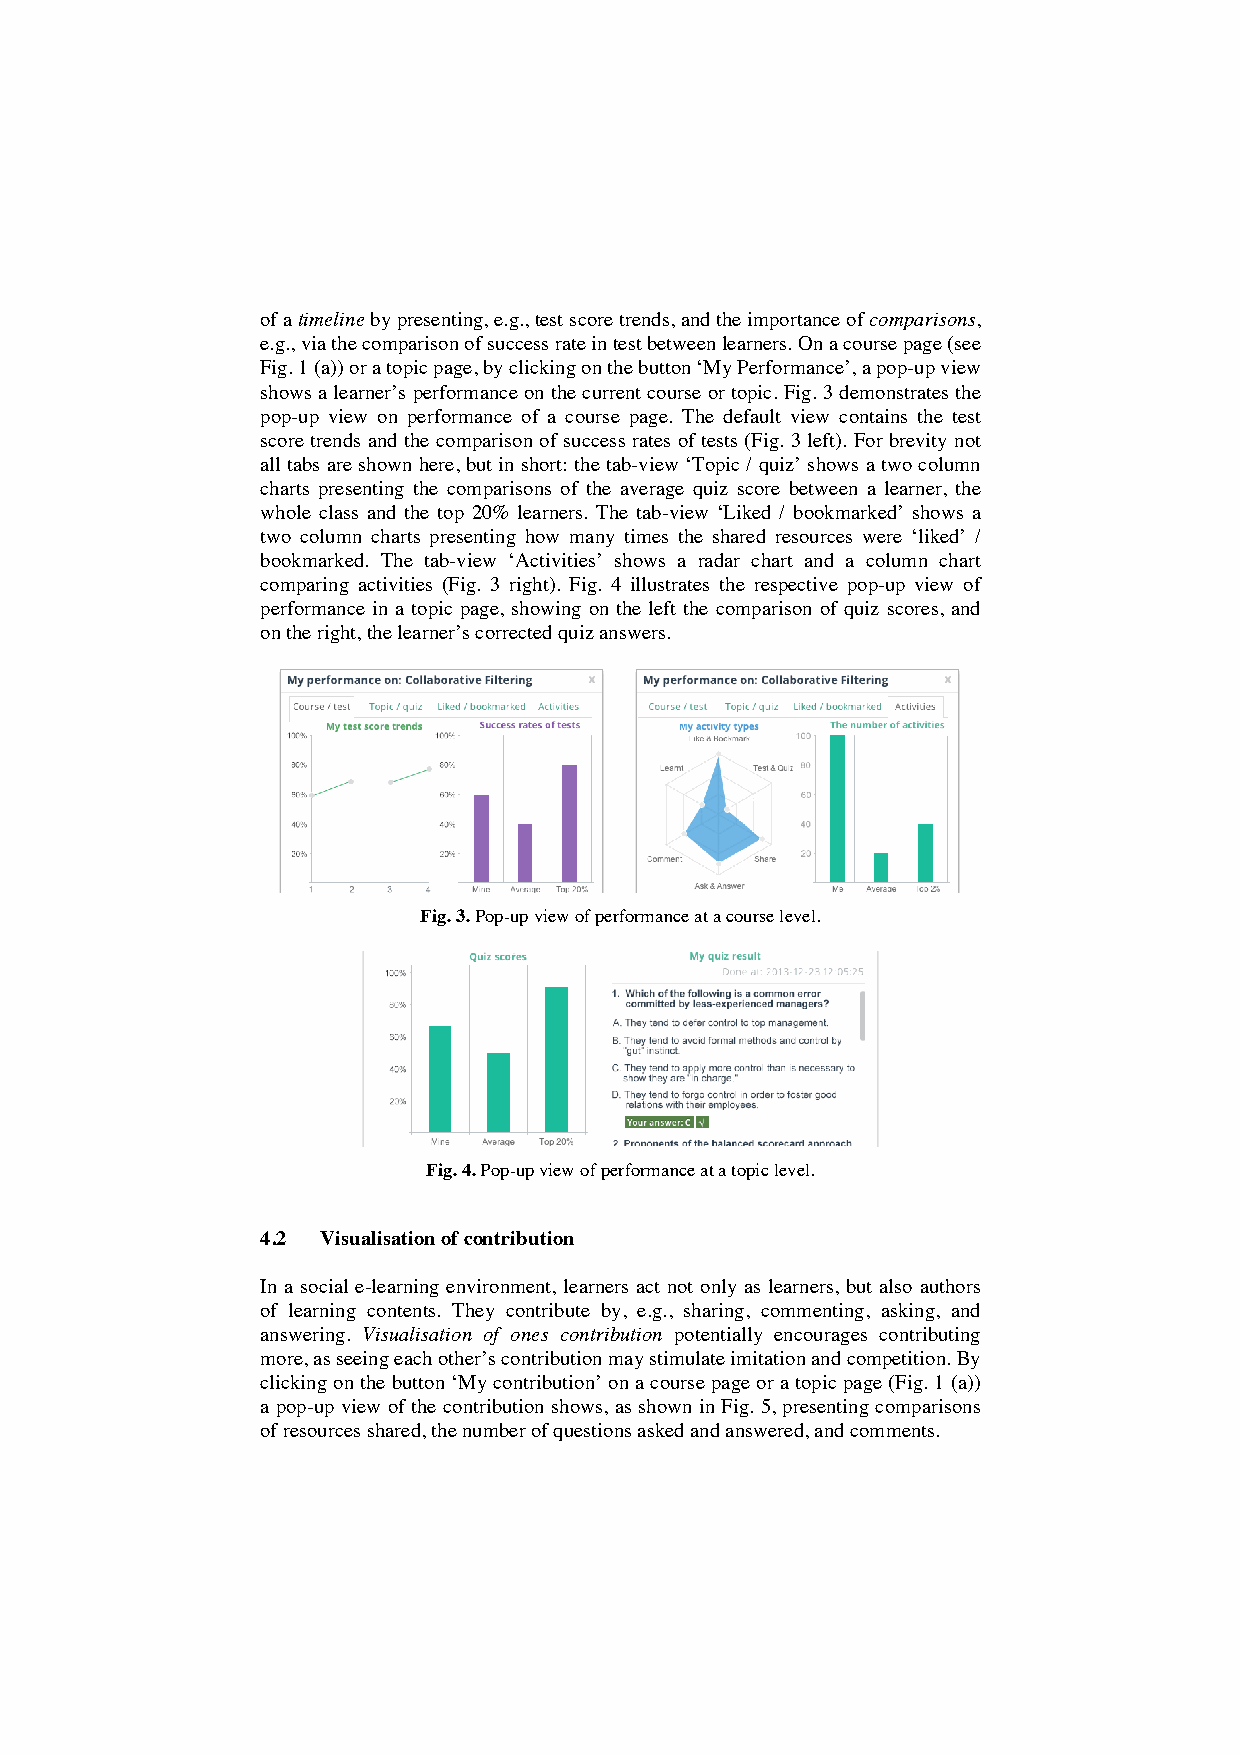
of a timeline by presenting, e.g., test score trends, and the importance of comparisons,
 e.g., via the comparison of success rate in test between learners. On a course page (see
 Fig. 1 (a)) or a topic page, by clicking on the button ‘My Performance’, a pop-up view
 shows a learner’s performance on the current course or topic. Fig. 3 demonstrates the
 pop-up view on performance of a course page. The default view contains the test
 score trends and the comparison of success rates of tests (Fig. 3 left). For brevity not
 all tabs are shown here, but in short: the tab-view ‘Topic / quiz’ shows a two column
 charts presenting the comparisons of the average quiz score between a learner, the
 whole class and the top 20% learners. The tab-view ‘Liked / bookmarked’ shows a
 two column charts presenting how many times the shared resources were ‘liked’ /
 bookmarked. The tab-view ‘Activities’ shows a radar chart and a column chart
 comparing activities (Fig. 3 right). Fig. 4 illustrates the respective pop-up view of
 performance in a topic page, showing on the left the comparison of quiz scores, and
 on the right, the learner’s corrected quiz answers.
 Fig. 3. Pop-up view of performance at a course level.
 Fig. 4. Pop-up view of performance at a topic level.
 4.2 Visualisation of contribution
 In a social e-learning environment, learners act not only as learners, but also authors
 of learning contents. They contribute by, e.g., sharing, commenting, asking, and
 answering. Visualisation of ones contribution potentially encourages contributing
 more, as seeing each other’s contribution may stimulate imitation and competition. By
 clicking on the button ‘My contribution’ on a course page or a topic page (Fig. 1 (a))
 a pop-up view of the contribution shows, as shown in Fig. 5, presenting comparisons
 of resources shared, the number of questions asked and answered, and comments.